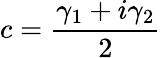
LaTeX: c=\frac{\gamma_{1}+i\gamma_{2}}{2}